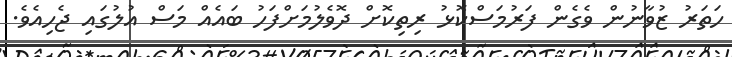
ހަތަރު ޒުވާނުން ވެގެން ފަރުމަސްކޮޅު ރިތިކޮށް ދޮވެލުމަށްފަހު ބައެއް މަސް އުލުގައި ޖެހިއެވެ.